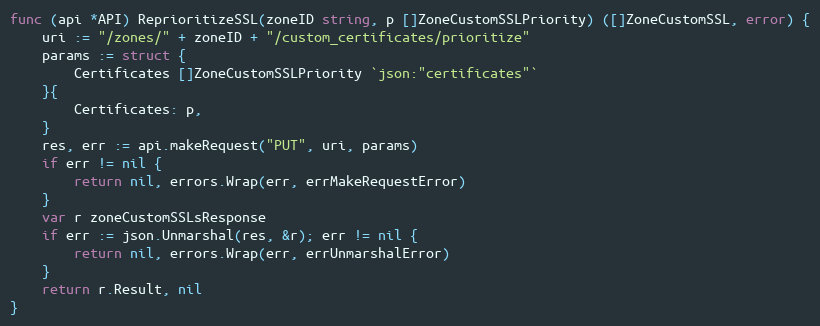
Language: Go
func (api *API) ReprioritizeSSL(zoneID string, p []ZoneCustomSSLPriority) ([]ZoneCustomSSL, error) {
	uri := "/zones/" + zoneID + "/custom_certificates/prioritize"
	params := struct {
		Certificates []ZoneCustomSSLPriority `json:"certificates"`
	}{
		Certificates: p,
	}
	res, err := api.makeRequest("PUT", uri, params)
	if err != nil {
		return nil, errors.Wrap(err, errMakeRequestError)
	}
	var r zoneCustomSSLsResponse
	if err := json.Unmarshal(res, &r); err != nil {
		return nil, errors.Wrap(err, errUnmarshalError)
	}
	return r.Result, nil
}